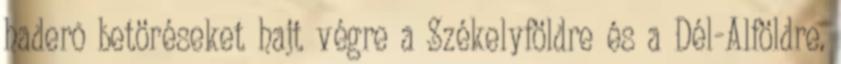
haderõ betöréseket hajt végre a Székelyföldre és a Dél-Alföldre.